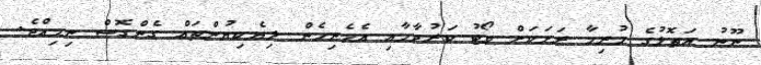
ނޫނު އަތޮޅުގެ ހުރިހާ ރަށަކަށް ވޯޓު ކަރުދާހާއި އެހެނިހެން ލިޔެކިޔުންތައް ގެންގޮސް ނިމިއްޖެ.